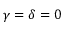
\gamma = \delta = 0